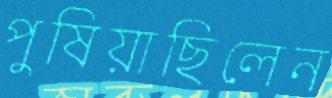
পুষিয়াছিলেন